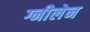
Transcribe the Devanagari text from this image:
ग्नीलेन